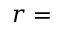
r =